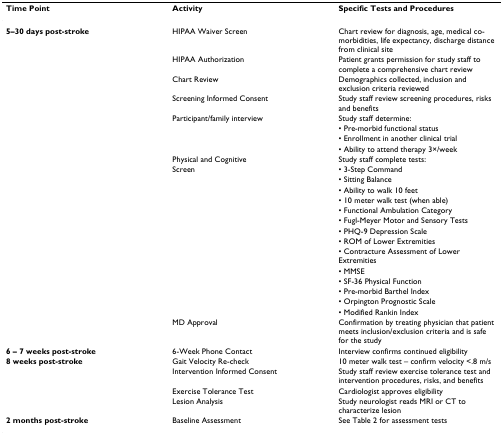
<table><thead><tr><td><b>Time Point</b></td><td><b>Activity</b></td><td><b>Specific Tests and Procedures</b></td></tr></thead><tbody><tr><td><b>5–30 days post-stroke</b></td><td>HIPAA Waiver Screen</td><td>Chart review for diagnosis, age, medical co-morbidities, life expectancy, discharge distance from clinical site</td></tr><tr><td></td><td>HIPAA Authorization</td><td>Patient grants permission for study staff to complete a comprehensive chart review</td></tr><tr><td></td><td>Chart Review</td><td>Demographics collected, inclusion and exclusion criteria reviewed</td></tr><tr><td></td><td>Screening Informed Consent</td><td>Study staff review screening procedures, risks and benefits</td></tr><tr><td></td><td>Participant/family interview</td><td>Study staff determine:</td></tr><tr><td></td><td></td><td>• Pre-morbid functional status</td></tr><tr><td></td><td></td><td>• Enrollment in another clinical trial</td></tr><tr><td></td><td></td><td>• Ability to attend therapy 3×/week</td></tr><tr><td></td><td>Physical and Cognitive</td><td>Study staff complete tests:</td></tr><tr><td></td><td>Screen</td><td>• 3-Step Command</td></tr><tr><td></td><td></td><td>• Sitting Balance</td></tr><tr><td></td><td></td><td>• Ability to walk 10 feet</td></tr><tr><td></td><td></td><td>• 10 meter walk test (when able)</td></tr><tr><td></td><td></td><td>• Functional Ambulation Category</td></tr><tr><td></td><td></td><td>• Fugl-Meyer Motor and Sensory Tests</td></tr><tr><td></td><td></td><td>• PHQ-9 Depression Scale</td></tr><tr><td></td><td></td><td>• ROM of Lower Extremities</td></tr><tr><td></td><td></td><td>• Contracture Assessment of Lower Extremities</td></tr><tr><td></td><td></td><td>• MMSE</td></tr><tr><td></td><td></td><td>• SF-36 Physical Function</td></tr><tr><td></td><td></td><td>• Pre-morbid Barthel Index</td></tr><tr><td></td><td></td><td>• Orpington Prognostic Scale</td></tr><tr><td></td><td></td><td>• Modified Rankin Index</td></tr><tr><td></td><td>MD Approval</td><td>Confirmation by treating physician that patient meets inclusion/exclusion criteria and is safe for the study</td></tr><tr><td><b>6 – 7 weeks post-stroke</b></td><td>6-Week Phone Contact</td><td>Interview confirms continued eligibility</td></tr><tr><td><b>8 weeks post-stroke</b></td><td>Gait Velocity Re-check</td><td>10 meter walk test – confirm velocity &lt;.8 m/s</td></tr><tr><td></td><td>Intervention Informed Consent</td><td>Study staff review exercise tolerance test and intervention procedures, risks, and benefits</td></tr><tr><td></td><td>Exercise Tolerance Test</td><td>Cardiologist approves eligibility</td></tr><tr><td></td><td>Lesion Analysis</td><td>Study neurologist reads MRI or CT to characterize lesion</td></tr><tr><td><b>2 months post-stroke</b></td><td>Baseline Assessment</td><td>See Table 2 for assessment tests</td></tr></tbody></table>